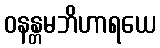
ဝနန္တမဘိဟာရယေ